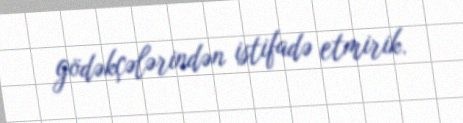
gödəkçələrindən istifadə etmirik.